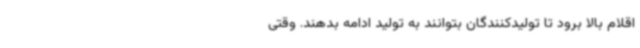
اقلام بالا برود تا تولیدکنندگان بتوانند به تولید ادامه بدهند. وقتی